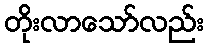
တိုးလာသော်လည်း